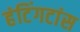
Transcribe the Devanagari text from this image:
हंटिंगटांस